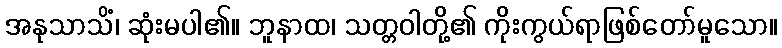
အနုသာသိံ၊ ဆုံးမပါ၏။ ဘူနာထ၊ သတ္တဝါတို့၏ ကိုးကွယ်ရာဖြစ်တော်မူသော။